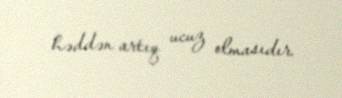
həddən artıq ucuz olmasıdır.